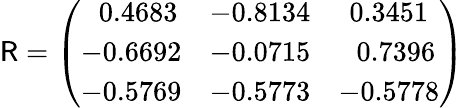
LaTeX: \mathsf{R}=\left(\begin{array}{ccc}{\ \ 0.4683}&{-0.8134}&{0.3451}\\ {-0.6692}&{-0.0715}&{\ \ 0.7396}\\ {-0.5769}&{-0.5773}&{-0.5778}\end{array}\right)